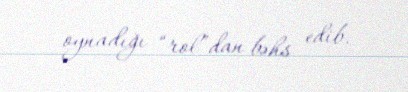
oynadığı “rol”dan bəhs edib.